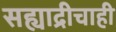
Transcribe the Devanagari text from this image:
सह्याद्रीचाही